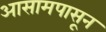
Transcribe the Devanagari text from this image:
आसामपासून